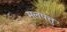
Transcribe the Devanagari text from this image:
मलपत्तु